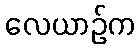
လေယာဉ်က